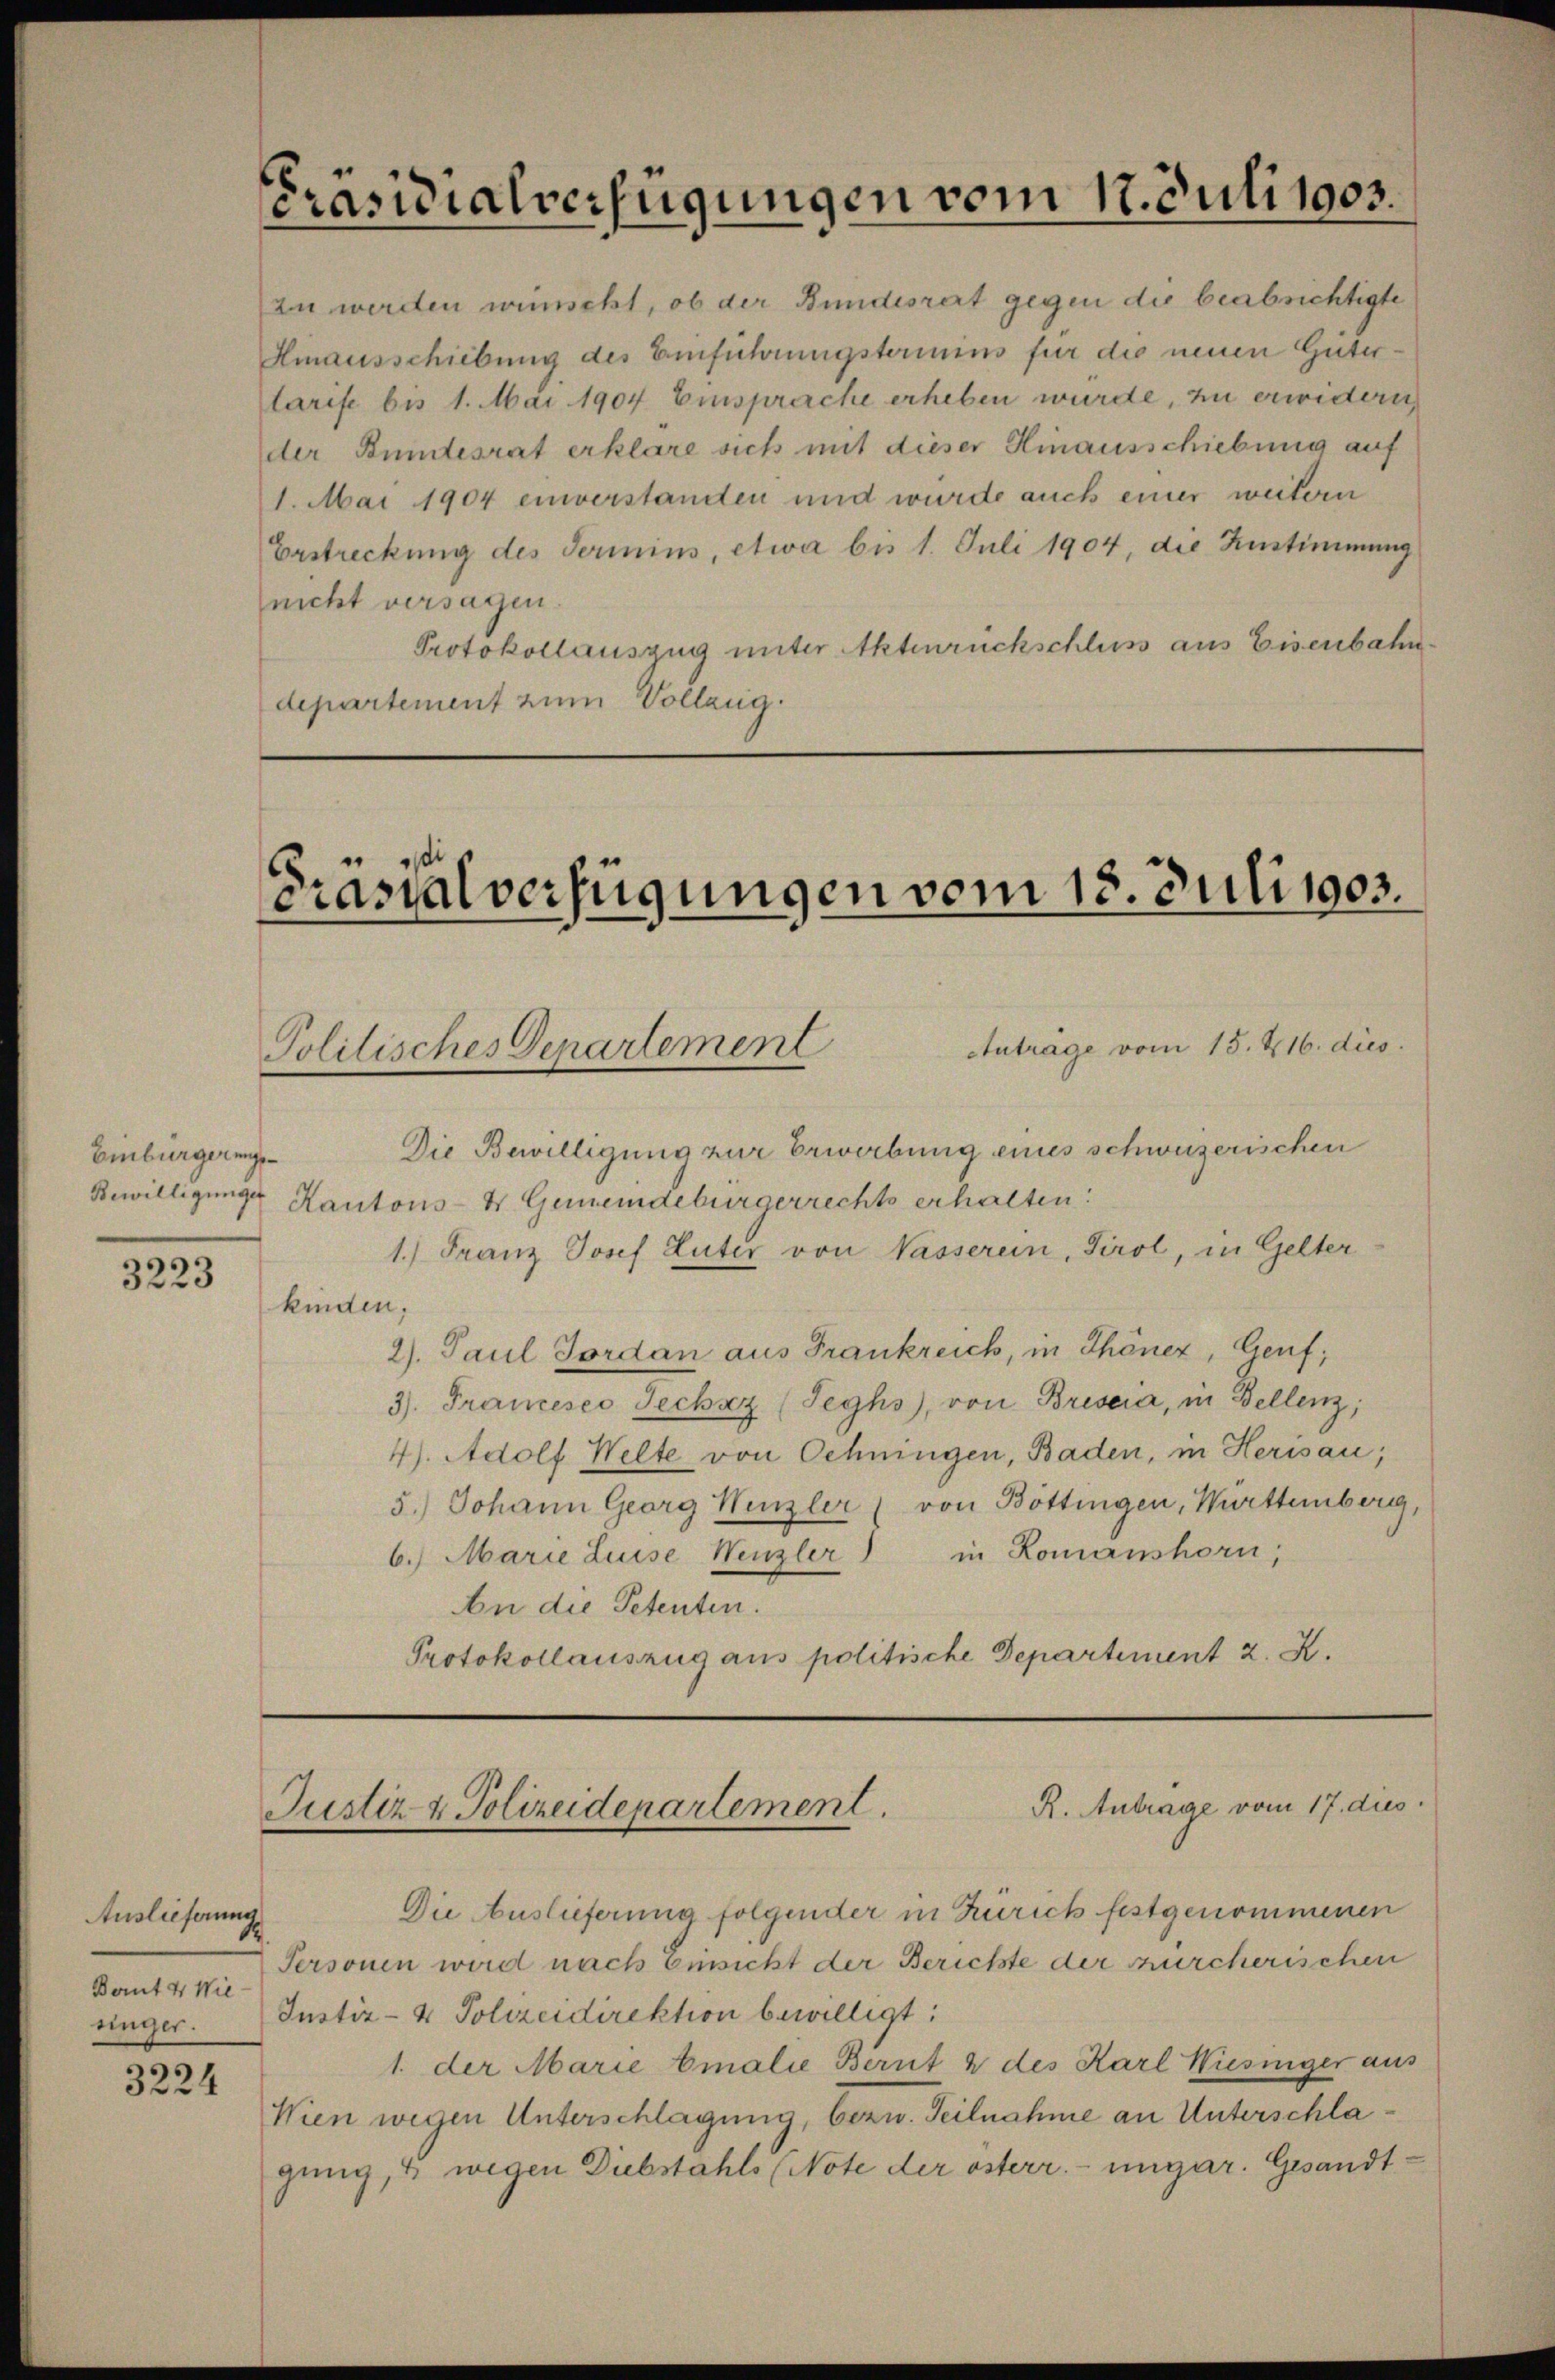
Einbürgerunge¬

s
3223

Auslieferung
Bant 4. Wiesinger.

3224

PPräsidialverfügungen vom 17. Juli 1903.

zu werden wünscht, ob der Bundesrat gegen die beabsichtigte
Hinausschiebung des Einführungsterinius für die neuen Güterlarise bis 1. Mai 1904 Emsprache erheben wurde, zu erwidern
der Bundesrat erkläre sich mit dieser Hinausschiebung auf
1. Mai 1904 einverstanden und wurde auch einer weitern

Erstreckung des Termins, etwa bis 1. Juli 1904, die Zustimmung
nicht versagen.
Protokollauszug unter Aktenrückschluss aus Eisenbahn
departement zum Vollzug.

Präsialverfügungen vom 18. Juli 1903.
Anträge vom 15. 216. dies
Politisches Departement

R. Antrage vom 17. dies
Justiz & Polizeidepartement.

Die Auslieferung folgender in Zürich festgenommenen
Personen wird nach Einsicht der Berichte der zürcherischen
Justiz- & Polizeidirektion bewilligt:
1. der Marie Emalie Bernt & des Karl Wiesiger aus
Wien wegen Unterschlagung, bezw. Teilnahme an Unterschlagung, & wegen Diebstahls (Note der österr. ungar. Gesandt¬

Die Bewilligung zur Erwerbung eines schweizerischen
Bewilligunge Kantons- & Gemeindebürgerrechts erhalten:
1.) Franz Josef Luter von Wasserein, Tirol, in Gelter
kinden.
2). Paul Jordan aus Frankreich, in Thönez, Genf;
3). Francesco Jechaz (Teghs), von Briseia, in Bellenz;
4). Adolf Welte von Oehningen, Baden, in Herisau;
5.) Johann Georg Henzler (von Böttingen, Württemberg,
6. Marie Luise Wenzler in Romanshorn,
An die Petenten.
Protokollauszug aus politische Departement 2. X.